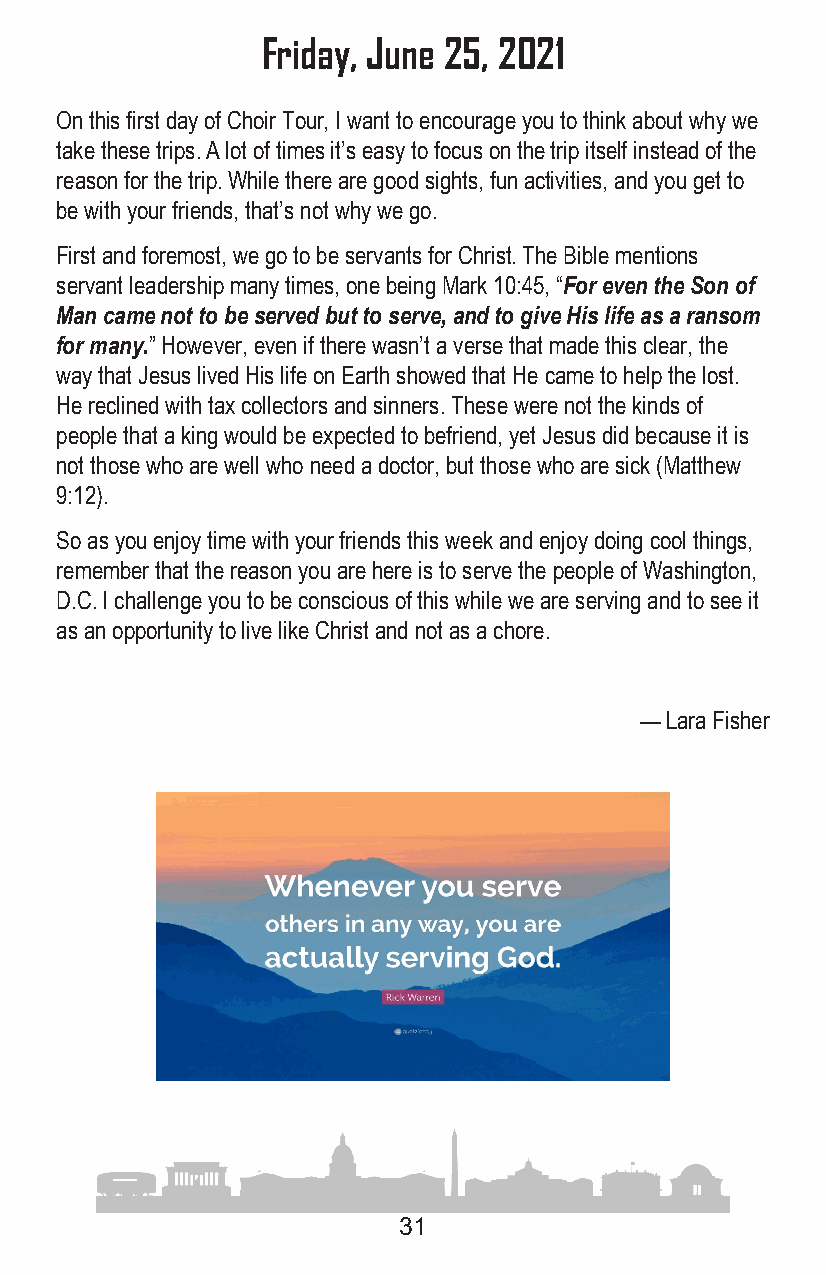
Friday, June 25, 2021
 On this first day of Choir Tour, I want to encourage you to think about why we
 take these trips . A lot of times it’s easy to focus on the trip itself instead of the
 reason for the trip . While there are good sights, fun activities, and you get to
 be with your friends, that’s not why we go .
 First and foremost, we go to be servants for Christ . The Bible mentions
 servant leadership many times, one being Mark 10:45, “For even the Son of
 Man came not to be served but to serve, and to give His life as a ransom
 for many.” However, even if there wasn’t a verse that made this clear, the
 way that Jesus lived His life on Earth showed that He came to help the lost .
 He reclined with tax collectors and sinners . These were not the kinds of
 people that a king would be expected to befriend, yet Jesus did because it is
 not those who are well who need a doctor, but those who are sick (Matthew
 9:12) .
 So as you enjoy time with your friends this week and enjoy doing cool things,
 remember that the reason you are here is to serve the people of Washington,
 D .C . I challenge you to be conscious of this while we are serving and to see it
 as an opportunity to live like Christ and not as a chore .
 — Lara Fisher
 31